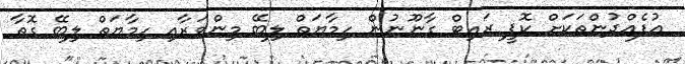
އުފެއްދުންތަކަށް ކޮޕީ ރައިޓް ގާނޫނުން ހިމާޔަތް ލިބޭ މިންވަރާއި ހިމާޔަތް ލިބޭ ގޮތާ